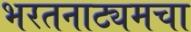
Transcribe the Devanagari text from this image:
भरतनाट्यमचा